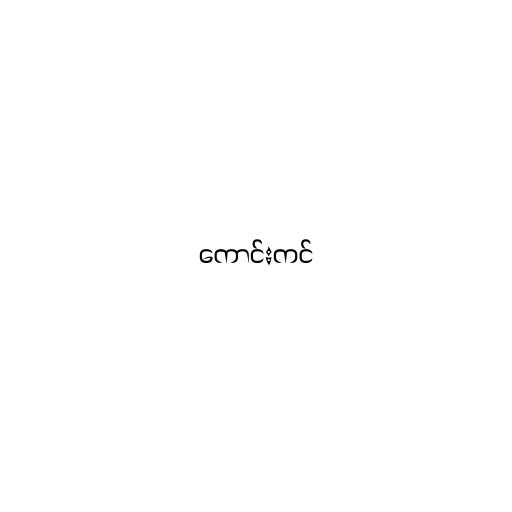
ကောင်းကင်